Vaccination in the Punjab 1905-1918 - 1905-1918
Year: 1905
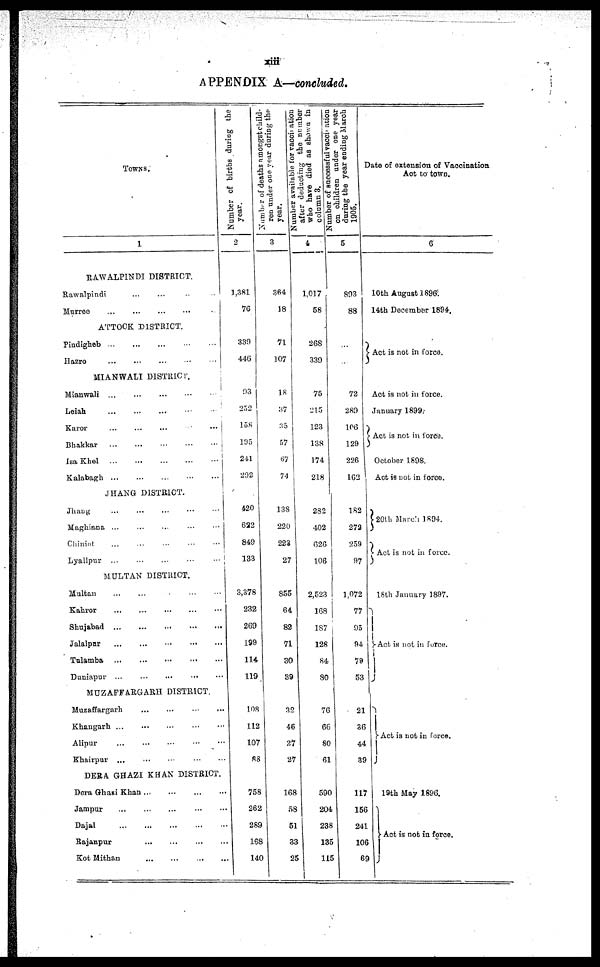
xiii
APPENDIX A—concluded.
TOWNS.
1
RAWALPINDI DISTRICT.
Rawalpindi ... ... ...
Murree
...
...
...
...
ATTOCK DISTRICT.
Pindigheb
...
...
...
...
...
Hazro
...
...
...
...
...
MIANWALI DISTRICT.
Mianwali
...
...
...
...
...
Leiah ... ... ... ... ...
Karor ... ... ... ... ...
Bhakkar
...
...
...
...
...
Isa Khel
...
...
...
...
...
Kalabagh
...
...
...
...
...
JHANG DISTRICT.
Jhang ... ... ... ... ...
Maghiana ... ... ... ... ...
Chiniot ... ... ... ... ...
Lyallpur ... ... ... ... ...
MULTAN DISTRICT.
Multan ... ... ... ... ...
Kahror
...
...
...
...
...
Shujabad
...
...
...
...
...
Jalalpur
...
...
...
...
...
Tulamba
...
...
...
...
...
Duniapur
...
...
...
...
...
MUZAFFARGARH DISTRICT.
Muzaffargarh
...
...
...
...
...
Khangarh
...
...
...
...
...
Alipur
...
...
...
...
...
Khairpur
...
...
...
...
...
DERA GHAZI KHAN DISTRICT.
Dera Ghazi Khan ... ... ... ...
Jampur ... ... ... ... ...
Dajal
...
...
...
...
...
Rajanpur ... ... ... ... ...
Kot Mithan
...
...
...
...
...
Number of births during the
year.
2
1,381
76
330
446
93
232
158
105
241
292
420
622
849
133
3,378
232
269
199
114
119
108
112
107
88
758
262
289
168
140
Number of deaths amongst child-
ren under one year during the
year.
3
364
18
71
107
18
37
35
57
87
74
138
220
223
27
855
64
82
71
30
39
32
46
27
27
168
58
51
33
25
Number available for vaccination
after deducting the number
who have died as shown in
column 3.
4
1,017
58
268
339
75
215
123
138
174
218
282
402
626
106
2,523
168
187
128
84
80
76
66
80
61
590
204
238
135
115
Number of successful vaccination
on children under one year
during the year ending March
1905.
5
893
88
...
...
72
289
106
129
226
162
182
272
259
97
1,072
77
95
94
79
53
21
36
44
39
117
156
241
106
69
Date of extension of Vaccination
Act to town.
6
10th August 1896.
14th December 1894.
Act is not in force.
Act is not in force.
January 1899.
Act is not in force.
October 1898.
Act is not in force.
20th March 1894.
Act is not in force.
18th January 1897.
Act is not in force.
Act is not in force.
19th May 1896.
Act is not in force.